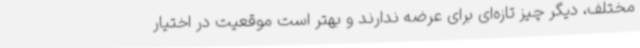
مختلف، دیگر چیز تازه‌ای برای عرضه ندارند و بهتر است موقعیت در اختیار